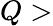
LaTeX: Q>